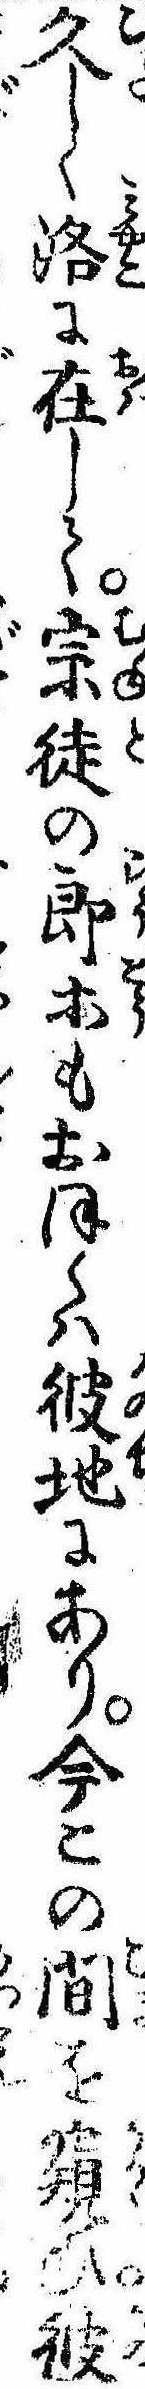
久しく洛に在して宗徒の郎等もおほくは彼地にあり今この間を窺ひ彼